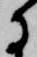
に